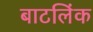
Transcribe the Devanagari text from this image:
बाटलिंक